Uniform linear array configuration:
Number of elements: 16
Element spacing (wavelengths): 0.5
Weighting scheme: cosine
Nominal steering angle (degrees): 45
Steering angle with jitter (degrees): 46.149
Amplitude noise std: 0.05
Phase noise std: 0.05

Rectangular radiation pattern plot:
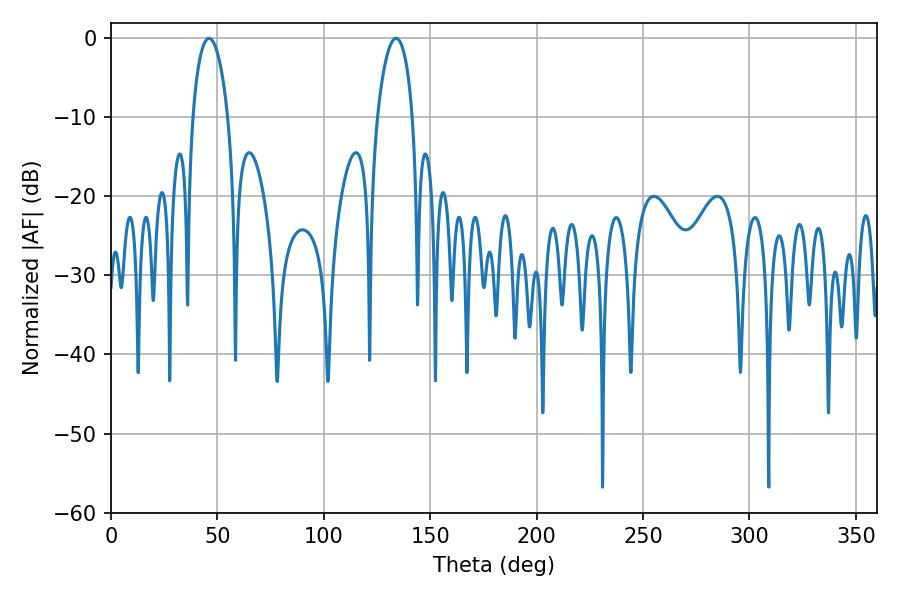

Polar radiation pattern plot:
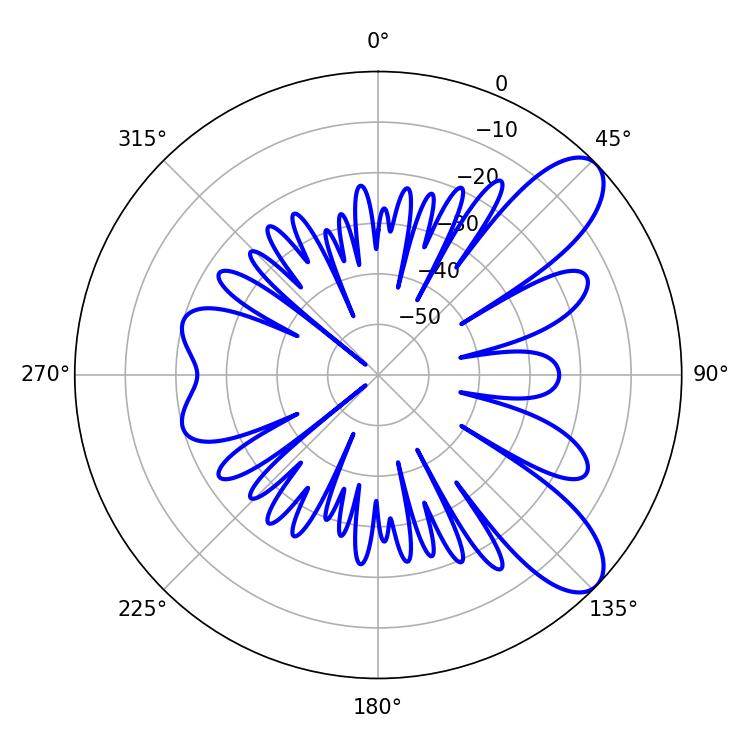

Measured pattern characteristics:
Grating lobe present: FALSE
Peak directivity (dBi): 8.935
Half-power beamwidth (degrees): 9.36
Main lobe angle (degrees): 46.08